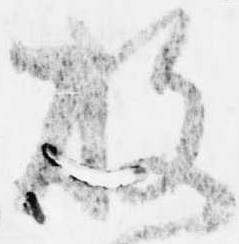
放